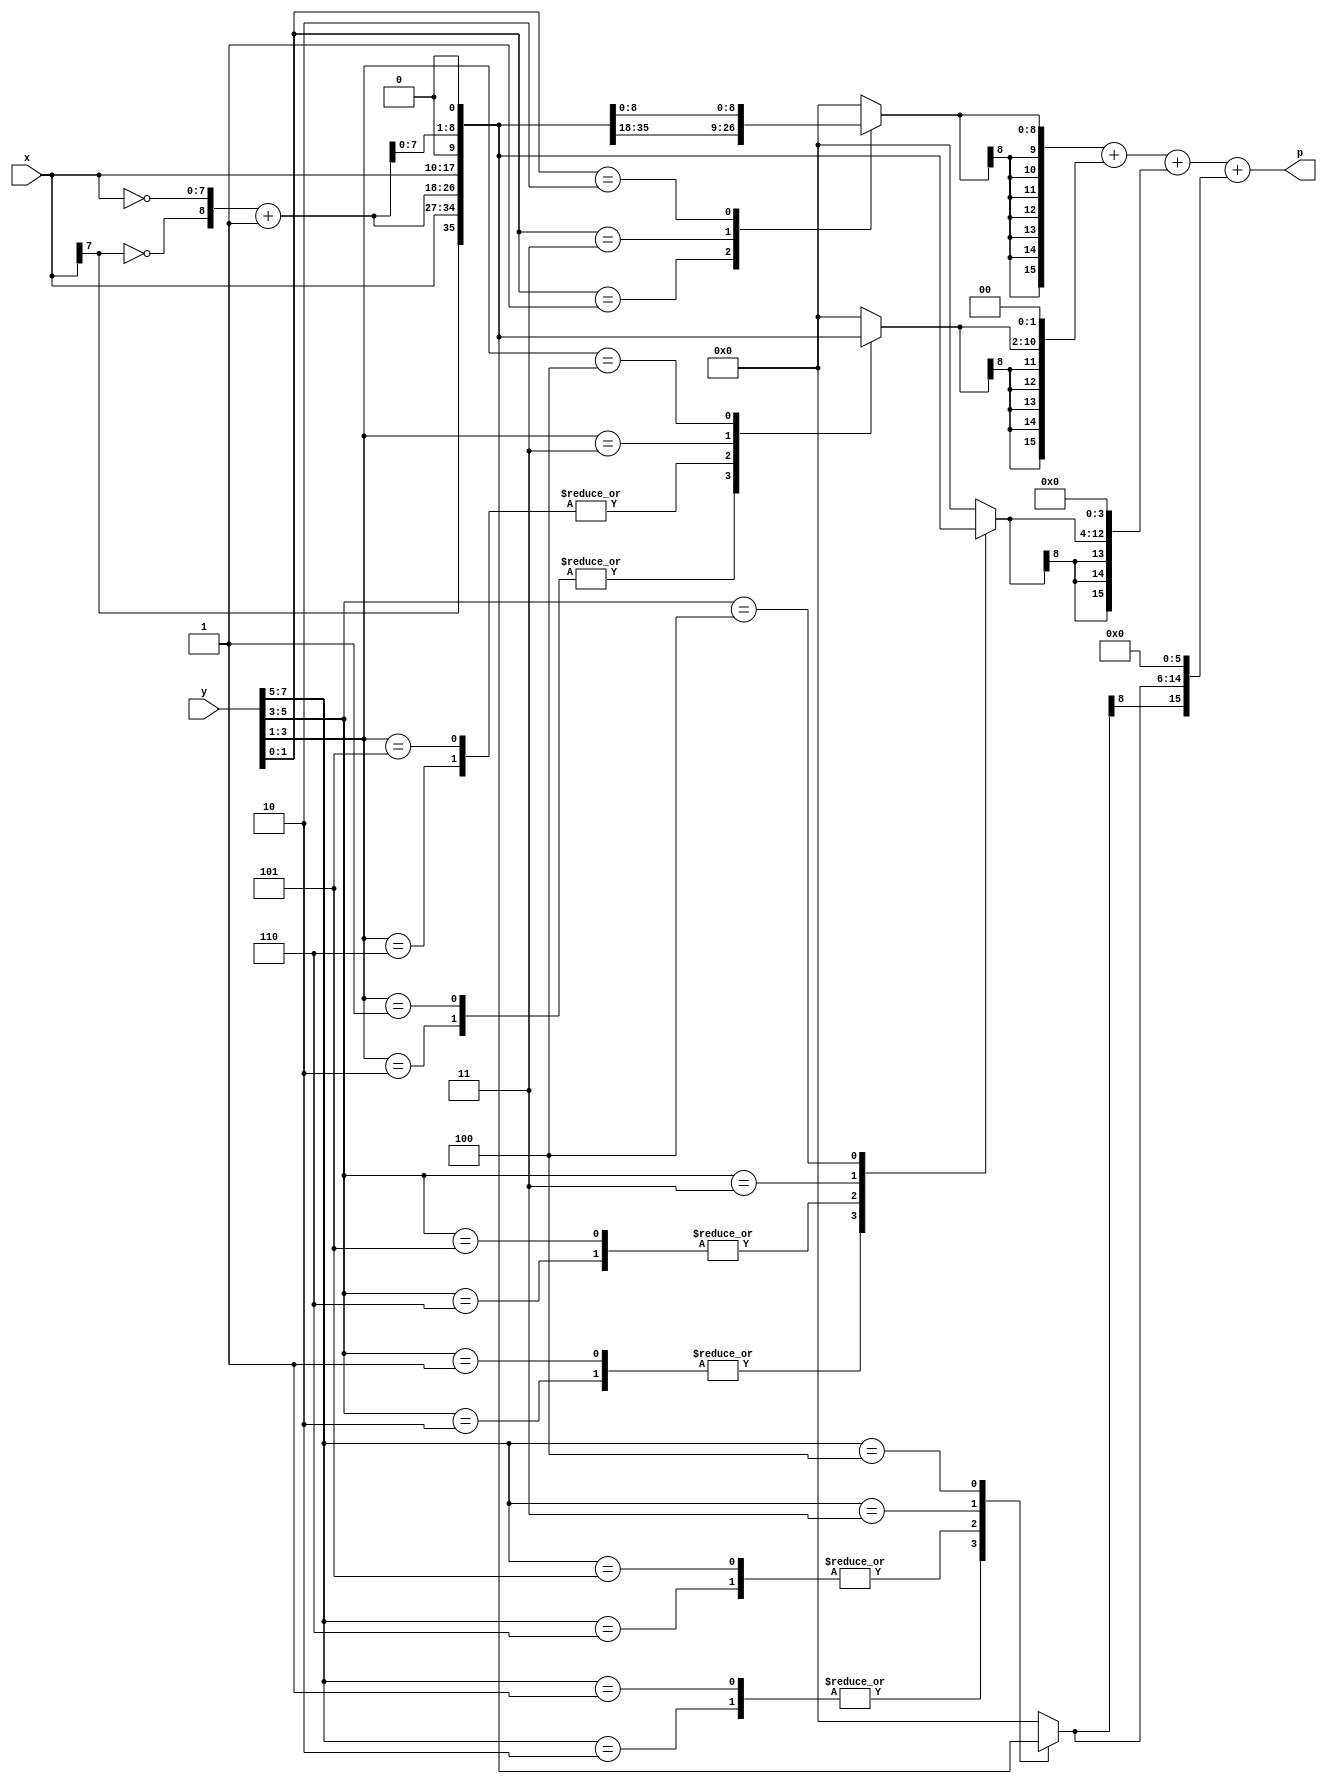
`timescale 10ms / 1ms

module radix4acc (p,x,y);           //8 bit multiplier to give 32 bit product

parameter N = 8;   //size of muliplicant and multiplier
parameter K = N/2;  //

input   [N-1 : 0]   x,y;
output  [N+N-1:0]   p;

reg [2:0]   bits    [K-1:0];
//reg [2:0]   MBE     [K-1:0];


reg [N:0]       PP      [K-1:0];
reg [N+N-1:0]   ACC     [K-1:0];
reg [N+N-1:0]   ANS;

integer i , j;

wire [N:0] xbar;
assign xbar = {~x[N-1], ~x} + 1'b1;         //2's complement retaining the sign bit

always@(*)

begin
    bits[0] = {y[1],y[0],1'b0};             //setting last bit -1 as 0

    for(i=1; i<K; i=i+1)
        bits[i] = {y[2*i+1], y[2*i], y[2*i-1]};


    //MBE encoding in terms of {neg, two, zero}

    for(i=0; i<K; i=i+1)
        begin
            case(bits[i])

            //3'b000, 3'b111: MBE[i] = 3'b001;

            3'b001, 3'b010: 
            begin
                //MBE[i] = 3'b000; 
                PP[i] = {x[N-1], x};
            end

            
            3'b101, 3'b110: 
            begin 
                //MBE[i] = 3'b100;
                PP[i] = xbar;
            end

            3'b011: 
            begin
                //MBE[i] = 3'b010;
                PP[i] = {x,1'b0};
            end 

            3'b100: 
            begin 
                //MBE[i] = 3'b110;
                PP[i] = {xbar[N-1:0],1'b0};
            end


            default: 
            begin
                //MBE[i] = 3'b001;
                PP[i]  = 0;
            end

            endcase

            ACC[i] = $signed(PP[i]);        //sign extension

            for(j=0; j<i; j=j+1)
                ACC[i] = {ACC[i],2'b00};        //shifting

        
        end

    ANS = ACC[0];

    for(i=1; i<K; i=i+1)
        ANS = ANS+ACC[i];
end


assign p = ANS;

endmodule